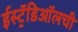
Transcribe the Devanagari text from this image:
ईस्ट्रॅडिऑलची